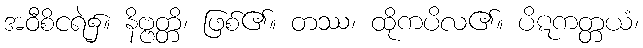
အဝီစိငရဲ၌။ နိဗ္ဗတ္တိ၊ ဖြစ်၏။ တဿ၊ ထိုကပိလ၏။ ပိဋကတ္တယံ၊